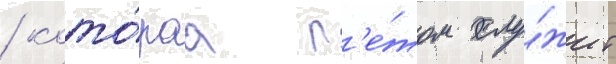
/ кото́раа л'е́том слу́жит